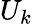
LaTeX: U_{k}